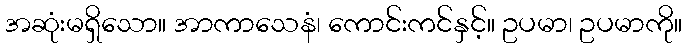
အဆုံးမရှိသော။ အာကာသေနံ၊ ကောင်းကင်နှင့်။ ဥပမာ၊ ဥပမာကို။